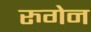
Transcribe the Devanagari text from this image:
रुगेन